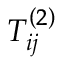
T _ { i j } ^ { \left( 2 \right) }